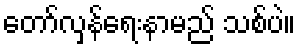
တော်လှန်ရေးနာမည် သစ်ပဲ။